Indian journal of veterinary science and animal husbandry - Volumes 22-23, 1952-1953
Year: 1952
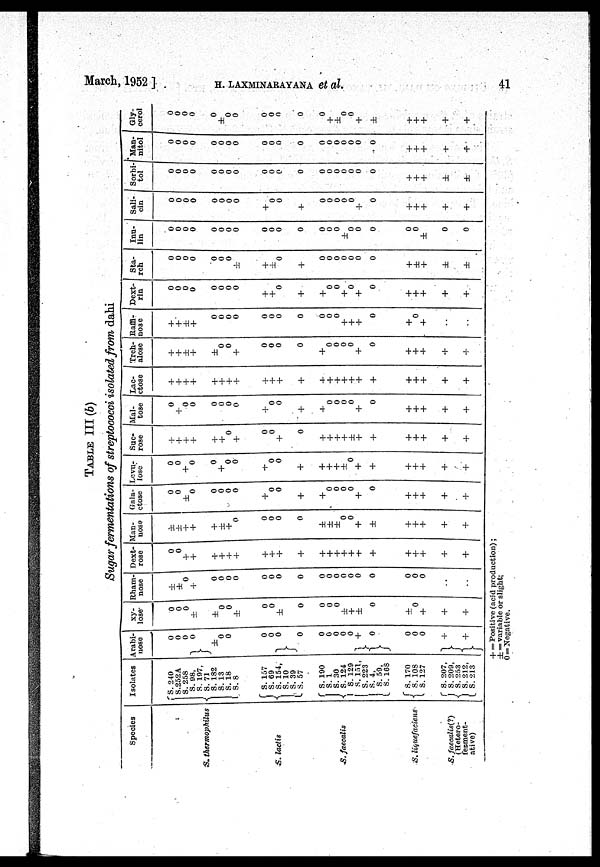
March, 1952 ] H. LAXMINARAYANA et al.
41
TABLE III (b)
Sugar fermentations of streptococci isolated from dahi
Species
S. thermophilus
S. lactis
S. faecalis
S. liquefaciens
S. faecalis(?)
(Hetero-
ferment-
ative)
Isolates
S. 240
S.252A
S. 258
S. 98,
S. 197,
S. 71
S. 182
S. 13
S. 18
S. 8
S. 157
S. 69
S. 154,
S. 10
S. 39
S. 57
S. 190
S. 1
S. 30
S. 124
S. 129
S.
151,
S. 223
S. 4,
S. 59,
S. 168
S. 170
S. 108
S. 127
S. 207,
S. 209,
S. 253
S. 212,
S. 213
Arabi-
nose
0
0
0
0
± 0
0
0
0
0
0
0
0
0
0
0
+
0
0
0
0
+
+
xy-
lose
0
0
0
±
± 0
0
±
0
0
±
0
0
0
0
±
+
±
0
±
0
+
+
+
Rham-
nose
±
± 0
+
0
0
0
0
0
0
0
0
0
0
0
0
0
0
0
0
0
0
..
..
Dext-
rose
0
0
+
+
+
+ +
+
+
+
+
+
+
+
+
+
+
+
+
+
+
+
+
+
Man-
nose
±
±
+ +
+
±
+ 0
0
0
0
0
±
± ±
0
0
+
±
+
+ +
+
+
Gala-
ctose
0
0
± 0
0
0
0
0
+
0
0
+
+
0
0
0
0
+
0
+
+
+
+
+
Levu-
lose
0
0
+
0
0
+ 0
0
+
0
0
+
+
+
+
± 0
+
+
+
+ +
+
+
Suc-
rose
+
+
+
+
+
+
0
+
0
0
+
0
+
+
+
+
± +
+
+
+
+
+
+
Mal-
tose
0
+
0
0
0
0
0
0
+
0
0
+
-+
0
0
0
0
+
0
+
+
+
+
+
Lac-
ctose
+
+
+
+
+
+
+
+
+
+
+
+
+
+
+
+
+
+
+
+
+
+
+
+
Treh-
alose
+
+
± +
± 0
0
+
0
0
0
0
+
0
0
0
0
+
0
+
+
+
+
+
Raffi-
nose
+
+
±
+
0
0
0
0
0
0
0
0
0
0
0
+
+
+
0
+
0
+
Dext-
rin
0
0
0
0
0
0
0
0
+
+
0
+
+
0
0
+
0
+
0
+
+
+
+
+
Sta-
rch
0
0
0
0
0
0
0
±
+
± 0
+
0
0
0
0
0
0
0
+
±
+
±
±
Inu-
lin
0
0
0
0
0
0
0
0
0
0
0
0
0
0
0
± 0
0
0
0
0
±
0
0
Sali-
cin
0
0
0
0
0
0
0
0
+
0
0
+
0
0
0
0
0
+
0
+
+
+
+
+
Sorbi-
tol
0
0
0
0
0
0
0
0
0
0
0
0
0
0
0
0
0
0
0
+
+
+
±
±
Man-
nitol
0
0
0
0
0
0
0
0
0
0
0
0
0
0
0
0
0
0
0
+
+
+
+
+
Gly-
cerol
0
0
0
0
0
± 0
0
0
0
0
0
0
+
± 0
0
+
±
+
+
+
+
+
+ = Positive (acid production);
± = variable or slight;
0 = Negative.